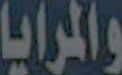
والمرايا